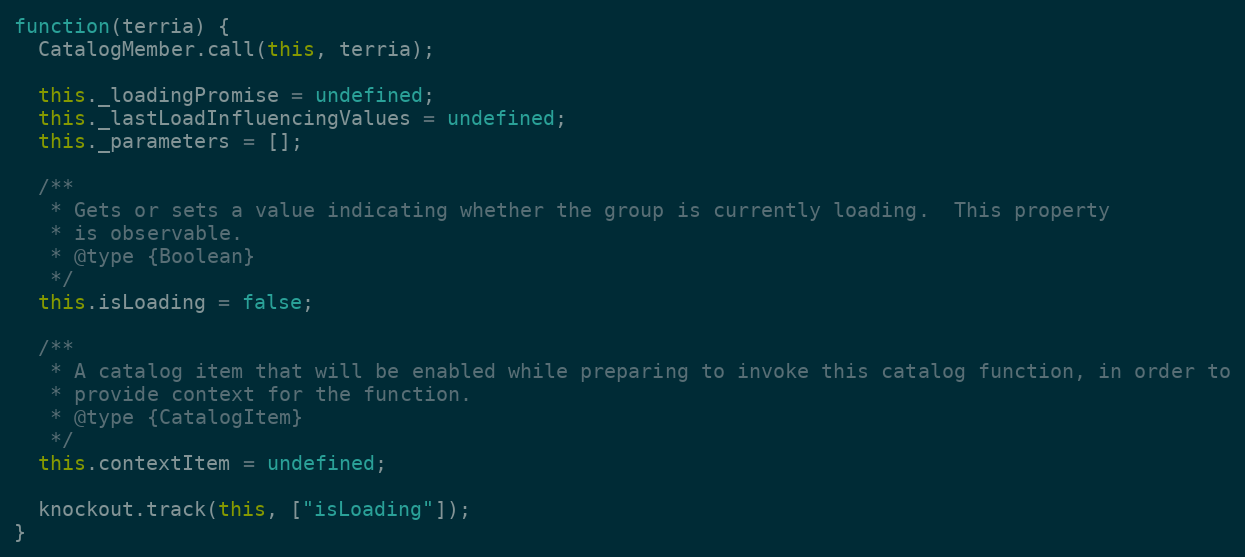
Language: JavaScript
function(terria) {
  CatalogMember.call(this, terria);

  this._loadingPromise = undefined;
  this._lastLoadInfluencingValues = undefined;
  this._parameters = [];

  /**
   * Gets or sets a value indicating whether the group is currently loading.  This property
   * is observable.
   * @type {Boolean}
   */
  this.isLoading = false;

  /**
   * A catalog item that will be enabled while preparing to invoke this catalog function, in order to
   * provide context for the function.
   * @type {CatalogItem}
   */
  this.contextItem = undefined;

  knockout.track(this, ["isLoading"]);
}